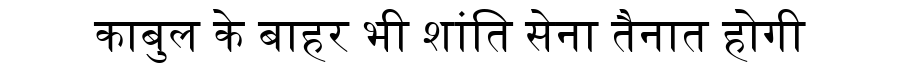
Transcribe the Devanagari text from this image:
काबुल के बाहर भी शांति सेना तैनात होगी